Elephants and their diseases
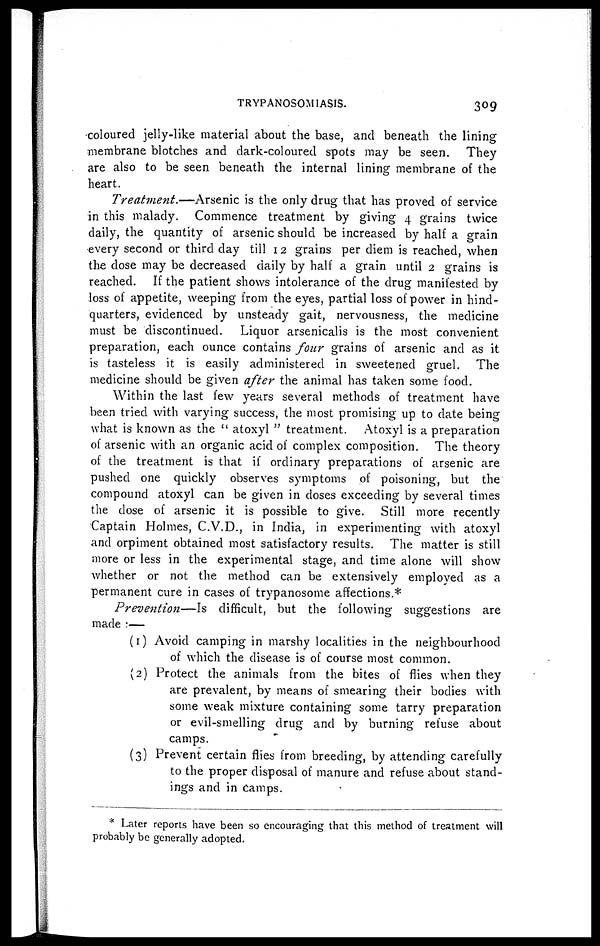
TRYPANOSOMIASIS.
309
coloured jelly-like material about the base, and beneath the lining
membrane blotches and dark-coloured spots may be seen. They
are also to be seen beneath the internal lining membrane of the
heart.
Treatment.—Arsenic
is the only drug that has proved of service
in this malady. Commence treatment by giving 4 grains twice
daily, the quantity of arsenic should be increased by half a grain
every second or third day till 12 grains per diem is reached, when
the dose may be decreased daily by half a grain until 2 grains is
reached. If the patient shows intolerance of the drug manifested by
loss of appetite, weeping from the eyes, partial loss of power in hind-
quarters, evidenced by unsteady gait, nervousness, the medicine
must be discontinued. Liquor arsenicalis is the most convenient
preparation, each ounce contains four grains of arsenic and as it
is tasteless it is easily administered in sweetened gruel. The
medicine should be given after the animal has taken some food.
Within the last few years several methods of treatment have
been tried with varying success, the most promising up to date being
what is known as the " atoxyl " treatment. Atoxyl is a preparation
of arsenic with an organic acid of complex composition. The theory
of the treatment is that if ordinary preparations of arsenic are
pushed one quickly observes symptoms of poisoning, but the
compound atoxyl can be given in doses exceeding by several times
the dose of arsenic it is possible to give. Still more recently
Captain Holmes, C.V.D., in India, in experimenting with atoxyl
and orpiment obtained most satisfactory results. The matter is still
more or less in the experimental stage, and time alone will show
whether or not the method can be extensively employed as a
permanent cure in cases of trypanosome affections.*
Prevention—Is
difficult, but the following suggestions are
made :—
(1) Avoid camping in marshy localities in the neighbourhood
of which the disease is of course most common.
(2) Protect the animals from the bites of flies when they
are prevalent, by means of smearing their bodies with
some weak mixture containing some tarry preparation
or evil-smelling drug and by burning refuse about
camps.
(3) Prevent certain flies from breeding, by attending carefully
to the proper disposal of manure and refuse about stand-
ings and in camps.
* Later reports have been so encouraging that this method of treatment will
probably be generally adopted.